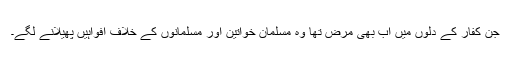
جن کفار کے دلوں میں اب بھی مرض تھا وہ مسلمان خواتین اور مسلمانوں کے خلاف افواہیں پھیلانے لگے۔